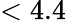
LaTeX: <4.4